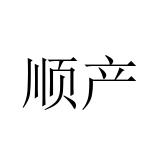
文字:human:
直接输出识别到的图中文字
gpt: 顺产